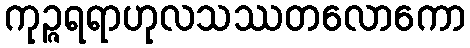
ကုဉ္ဇရရာဟုလသဿတလောကော